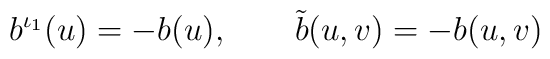
b^{\iota_1}(u)=-b(u),\qquad \tilde b(u,v)=-b(u,v)